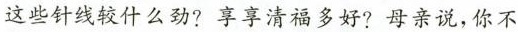
这些针线较什么劲?享享清福多好?母亲说，你不